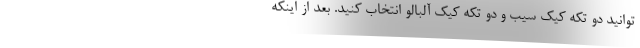
‌توانید دو تکه کیک سیب و دو تکه کیک آلبالو انتخاب کنید. بعد از اینکه